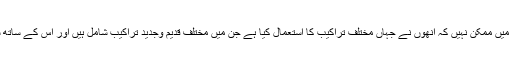
افتخارؔ مغل کے شعری فن کا محاکمہ اس مختصر مضمون میں ممکن نہیں کہ انھوں نے جہاں مختلف تراکیب کا استعمال کیا ہے جن میں مختلف قدیم وجدید تراکیب شامل ہیں اور اس کے ساتھ ساتھ چند تراکیب ایسی بھی ہیں جو اُن کی اپنی اخترا ع ہیں۔